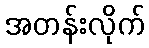
အတန်းလိုက်